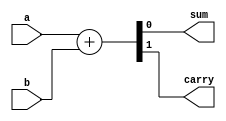
`timescale 1ns / 1ps
//////////////////////////////////////////////////////////////////////////////////
// Company: 
// Engineer: 
// 
// Design Name: 
// Module Name: half_adder
// Project Name: 
// Target Devices: 
// Tool Versions: 
// Description: 
// 
// Dependencies: 
// 
// Revision:
// Revision 0.01 - File Created
// Additional Comments:
// 
//////////////////////////////////////////////////////////////////////////////////


module half_adder(input wire a, b, output sum, carry);
    assign {carry, sum} = a + b;
endmodule